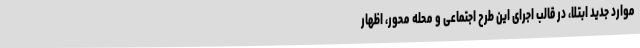
موارد جدید ابتلا، در قالب اجرای این طرح اجتماعی و محله محور، اظهار